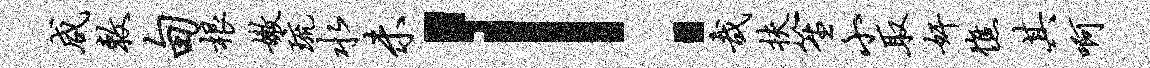
咸敕甸根嫩琉水未！哉扶笙小取奸憔其啊